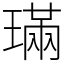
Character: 璊